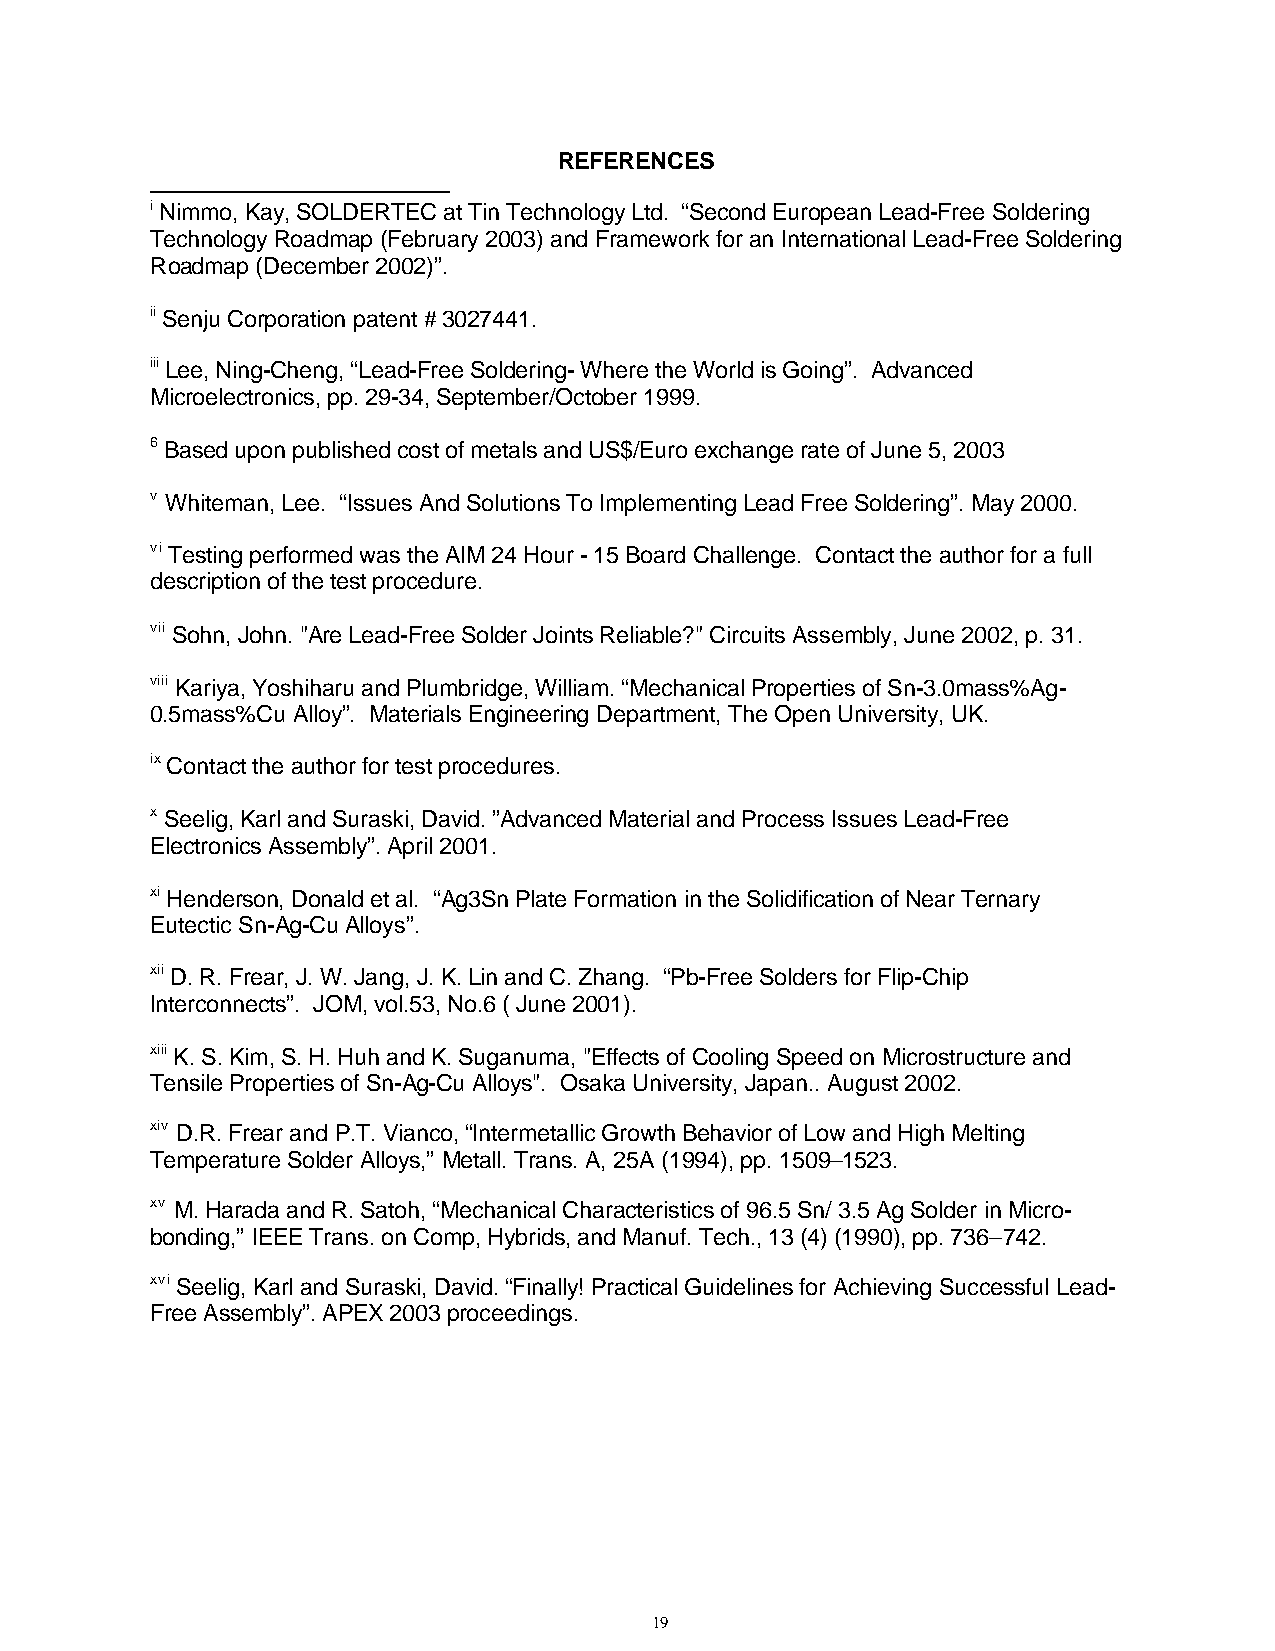
REFERENCES
 i Nimmo, Kay, SOLDERTEC at Tin Technology Ltd. “Second European Lead-Free Soldering
 Technology Roadmap (February 2003) and Framework for an International Lead-Free Soldering
 Roadmap (December 2002)”.
 ii Senju Corporation patent # 3027441.
 iii Lee, Ning-Cheng, “Lead-Free Soldering- Where the World is Going”. Advanced
 Microelectronics, pp. 29-34, September/October 1999.
 6 Based upon published cost of metals and US$/Euro exchange rate of June 5, 2003
 v Whiteman, Lee. “Issues And Solutions To Implementing Lead Free Soldering”. May 2000.
 vi Testing performed was the AIM 24 Hour - 15 Board Challenge. Contact the author for a full
 description of the test procedure.
 vii Sohn, John. "Are Lead-Free Solder Joints Reliable?" Circuits Assembly, June 2002, p. 31.
 viii Kariya, Yoshiharu and Plumbridge, William. “Mechanical Properties of Sn-3.0mass%Ag-
 0.5mass%Cu Alloy”. Materials Engineering Department, The Open University, UK.
 ix Contact the author for test procedures.
 x Seelig, Karl and Suraski, David. ”Advanced Material and Process Issues Lead-Free
 Electronics Assembly”. April 2001.
 xi Henderson, Donald et al. “Ag3Sn Plate Formation in the Solidification of Near Ternary
 Eutectic Sn-Ag-Cu Alloys”.
 xii D. R. Frear, J. W. Jang, J. K. Lin and C. Zhang. “Pb-Free Solders for Flip-Chip
 Interconnects”. JOM, vol.53, No.6 ( June 2001).
 xiii K. S. Kim, S. H. Huh and K. Suganuma, "Effects of Cooling Speed on Microstructure and
 Tensile Properties of Sn-Ag-Cu Alloys". Osaka University, Japan.. August 2002.
 xiv D.R. Frear and P.T. Vianco, “Intermetallic Growth Behavior of Low and High Melting
 Temperature Solder Alloys,” Metall. Trans. A, 25A (1994), pp. 1509–1523.
 xv M. Harada and R. Satoh, “Mechanical Characteristics of 96.5 Sn/ 3.5 Ag Solder in Micro-
 bonding,” IEEE Trans. on Comp, Hybrids, and Manuf. Tech., 13 (4) (1990), pp. 736–742.
 xvi Seelig, Karl and Suraski, David. “Finally! Practical Guidelines for Achieving Successful Lead-
 Free Assembly”. APEX 2003 proceedings.
 19